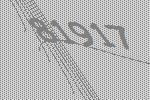
81917